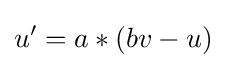
u'=a*(bv-u)